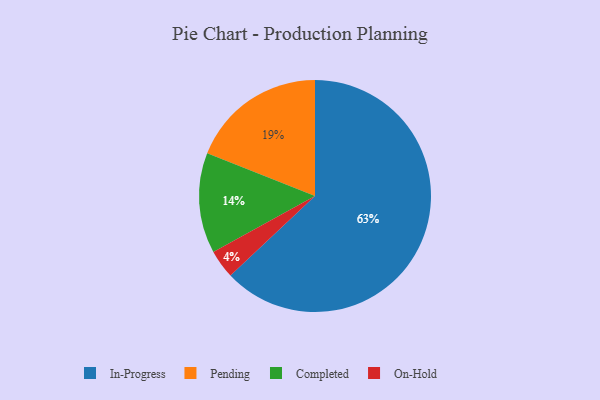
{"axis": {"x": "Category", "y": "Percentage"}, "legend": ["Completed", "In-Progress", "On-Hold", "Pending"], "data": [{"x": "On-Hold", "y": 4, "type": "On-Hold"}, {"x": "Pending", "y": 19, "type": "Pending"}, {"x": "In-Progress", "y": 63, "type": "In-Progress"}, {"x": "Completed", "y": 14, "type": "Completed"}]}